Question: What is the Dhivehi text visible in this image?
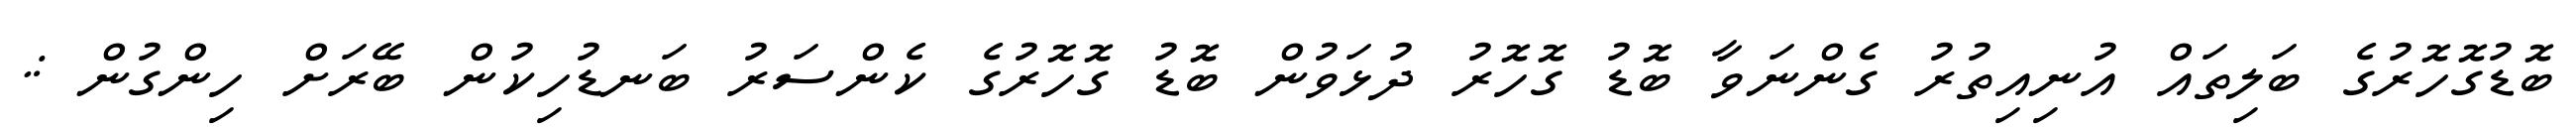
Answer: ބޮޑުގޮހޮރުގެ ބަލިތައް އުނިއިތުރު ގެންނަވާ ބޮޑު ގޮހޮރު ދުޅަވުން ބޮޑު ގޮހޮރުގެ ކެންސަރު ބަނޑުހިކުން ބޭރަށް ހިންގުން :.